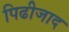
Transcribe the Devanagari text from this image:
पिढीजाद